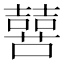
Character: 𫬔